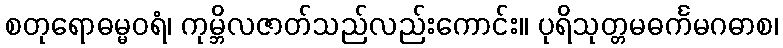
စတုရောဓမ္မဝရံ၊ ကုမ္ဘိလဇာတ်သည်လည်းကောင်း။ ပုရိသုတ္တမဓင်္ကမဂဓာစ၊